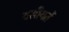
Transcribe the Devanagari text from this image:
वसीयतें